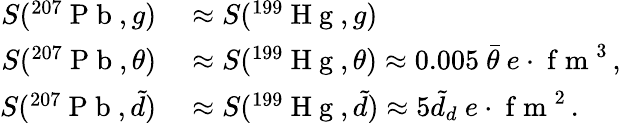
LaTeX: \begin{array}{rl}{S(^{207}\mathrm{~P~b~},g)}&{{}\approx S(^{199}\mathrm{~H~g~},g)}\\ {S(^{207}\mathrm{~P~b~},\theta)}&{{}\approx S(^{199}\mathrm{~H~g~},\theta)\approx 0.005\ \bar{\theta}\ e\cdot\mathrm{~f~m~}^{3}\, ,}\\ {S(^{207}\mathrm{~P~b~},\tilde{d})}&{{}\approx S(^{199}\mathrm{~H~g~},\tilde{d})\approx 5\tilde{d}_{d}\ e\cdot\mathrm{~f~m~}^{2}\, .}\end{array}